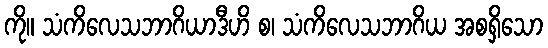
ကို။ သံကိလေသဘာဂိယာဒီဟိ စ၊ သံကိလေသဘာဂိယ အစရှိသော